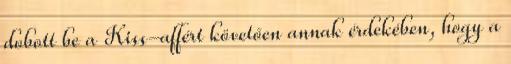
dobott be a Kiss-affért követően annak érdekében, hogy a